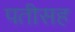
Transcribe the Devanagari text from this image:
पतीसह